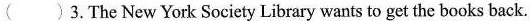
( )3.The New York Society Library wants to get the books back.